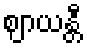
ဈာယန္တီ